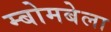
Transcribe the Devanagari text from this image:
म्बोमबेला